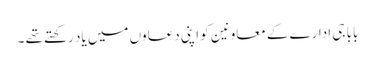
بابا جی ادارے کے معاونین کو اپنی دعاوں میں یاد رکھتے تھے ۔